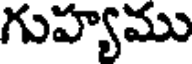
గుహ్యము